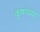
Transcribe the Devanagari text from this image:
कृष्णय्या